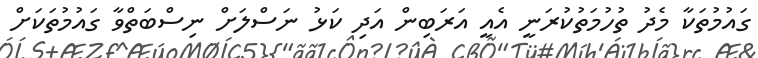
ގައުމުތަކާ މެދު ތުހުމަތުކުރަނީ އެއީ އަރަބިން އަދި ކަޅު ނަސްލަށް ނިސްބަތްވާ ގައުމުތަކަށް